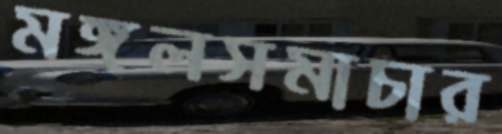
মঙ্গলসমাচার